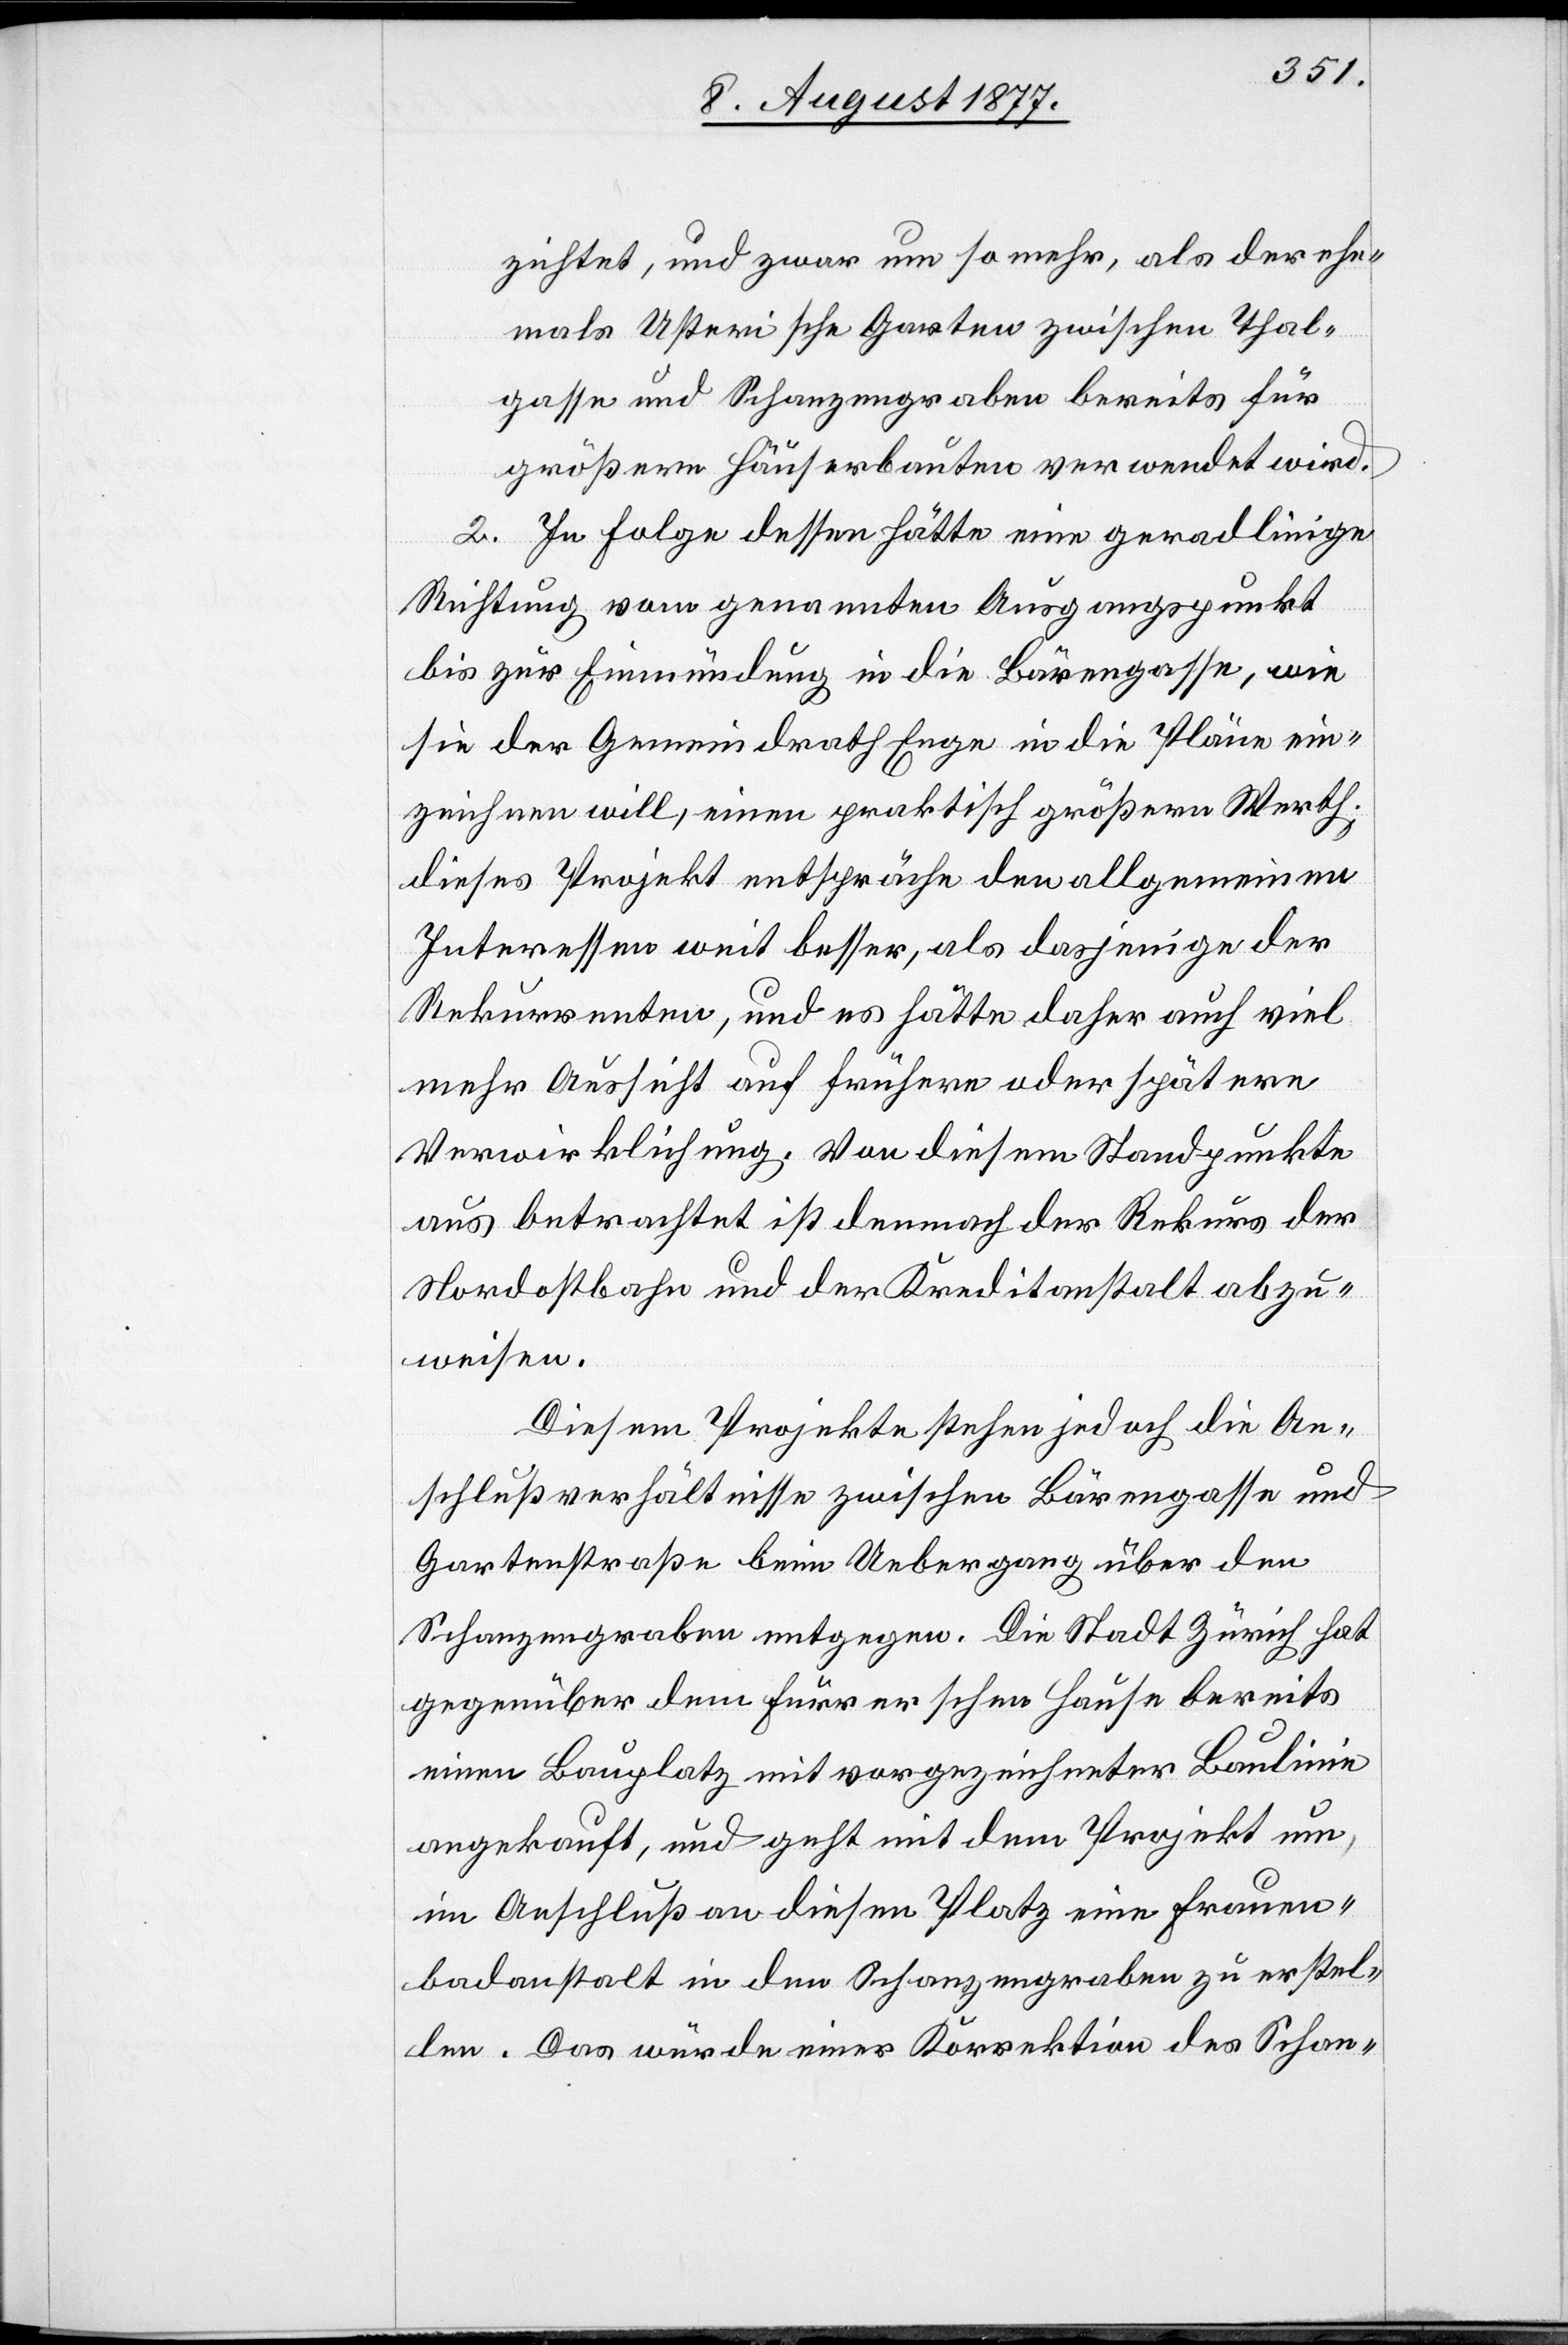
zichtet, und zwar um so mehr, als der ehe¬
mals Usterische Garten zwischen Thal¬
gasse und Schanzengraben bereits für
größere Häuserbauten verwendet wird.
2. In Folge dessen hätte eine geradlinige
Richtung vom genannten Ausgangspunkt
bis zur Einmündung in die Bärengasse, wie
sie der Gemeindrath Enge in die Pläne ein¬
zeichnen will, einen praktisch größern Werth.
Dieses Projekt entspräche den allgemeinen
Interessen weit besser, als dasjenige der
Rekurrenten, und es hätte daher auch viel
mehr Aussicht auf frühere oder spätere
Verwirklichung. Von diesem Standpunkte
aus betrachtet ist demnach der Rekurs der
Nordostbahn und der Kreditanstalt abzu¬
weisen.
Diesem Projekte stehen jedoch die An¬
schlußverhältnisse zwischen Bärengasse und
Gartenstraße beim Uebergang über den
Schanzengraben entgegen. Die Stadt Zürich hat
gegenüber dem Furrerschen Hause bereits
einen Bauplatz mit vorgezeichneter Baulinie
angekauft, und geht mit dem Projekt um,
im Anschluß an diesen Platz eine Frauen¬
badanstalt in den Schanzengraben zu erstel¬
len. Das würde einer Korrektion des Schan-